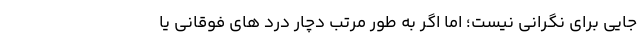
جایی برای نگرانی نیست؛ اما اگر به طور مرتب دچار درد های فوقانی یا